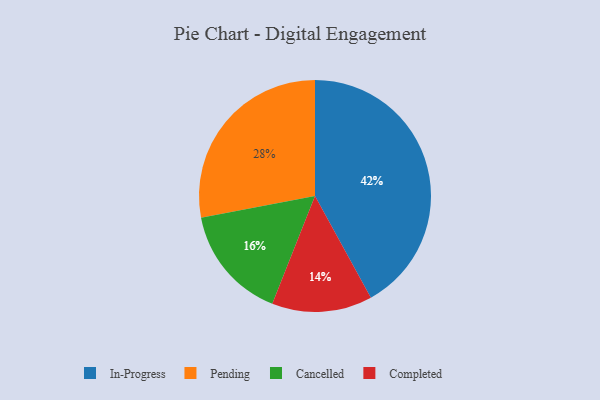
{"axis": {"x": "Category", "y": "Percentage"}, "legend": ["Cancelled", "Completed", "In-Progress", "Pending"], "data": [{"x": "Completed", "y": 14, "type": "Completed"}, {"x": "Cancelled", "y": 16, "type": "Cancelled"}, {"x": "Pending", "y": 28, "type": "Pending"}, {"x": "In-Progress", "y": 42, "type": "In-Progress"}]}